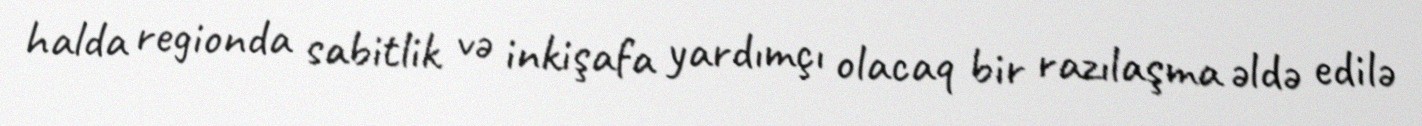
halda regionda sabitlik və inkişafa yardımçı olacaq bir razılaşma əldə edilə